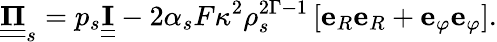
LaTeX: \underline{{\underline{{\mathbf{\Pi}}}}}_{s}=p_{s}\underline{{\underline{{\mathbf{I}}}}}-2\alpha_{s}F\kappa^{2}\rho_{s}^{2\Gamma-1}\left[\mathbf{e}_{R}\mathbf{e}_{R}+\mathbf{e}_{\varphi}\mathbf{e}_{\varphi}\right].